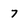
Character: 7